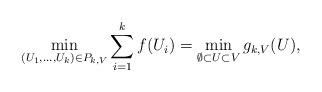
LaTeX: \begin{align*} \min_{(U_{1}, \ldots, U_{k})\in P_{k, V}} \sum_{i=1}^{k}f(U_{i}) = \min_{ \emptyset \subset U \subset V}g_{k, V}( U ), \end{align*}